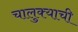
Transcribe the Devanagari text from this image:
चालुक्याची